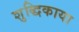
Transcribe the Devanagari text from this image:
शुद्धिकाया